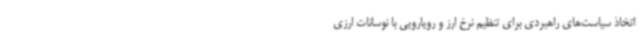
اتخاذ سیاست‌های راهبردی برای تنظیم نرخ ارز و رویارویی با نوسانات ارزی